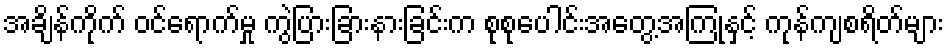
အချိန်ကိုက် ဝင်ရောက်မှု ကွဲပြားခြားနားခြင်းက စုစုပေါင်းအတွေ့အကြုံနှင့် ကုန်ကျစရိတ်များ